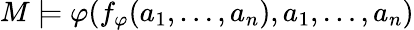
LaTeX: M\models\varphi(f_{\varphi}(a_{1},\dots,a_{n}),a_{1},\dots,a_{n})